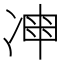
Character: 𠗩